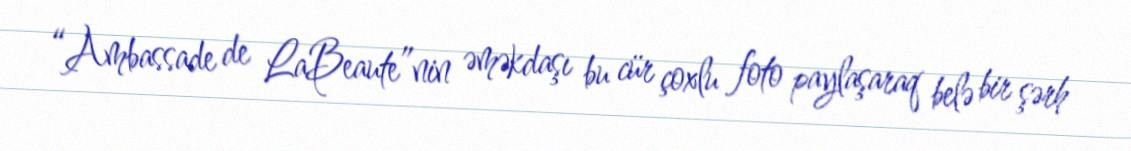
“Ambassade de LaBeaute”nin əməkdaşı bu cür çoxlu foto paylaşaraq belə bir şərh